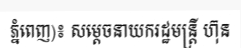
ភ្នំពេញ)៖ សម្តេចនាយករដ្ឋមន្ត្រី ហ៊ុន